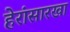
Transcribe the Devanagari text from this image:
हेरांसारखा